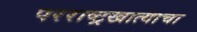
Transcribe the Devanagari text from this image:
परराष्ट्रखात्याचा